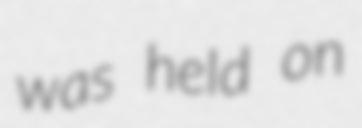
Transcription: was held on